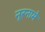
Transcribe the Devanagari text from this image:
नूरनामे